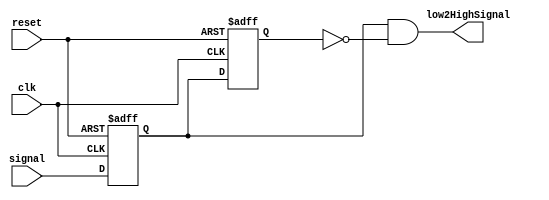
module DetectLow2High
(
	input clk,
	input reset,
	input signal,
	output low2HighSignal
);

	reg low2HighReg_1 = 1'b1;
	reg low2HighReg_2 = 1'b1;
	always @ (posedge clk or negedge reset)
	if (!reset)
		begin
			low2HighReg_1 <= 1'b1;
			low2HighReg_2 <= 1'b1;
		end
	else
		begin
			low2HighReg_1 <= signal;
			low2HighReg_2 <= low2HighReg_1;
		end

	assign low2HighSignal = low2HighReg_1 & !low2HighReg_2;
	
endmodule